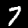
Label: 7